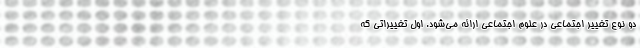
دو نوع تغییر اجتماعی در علوم اجتماعی ارائه می‌شود. اول تغییراتی که